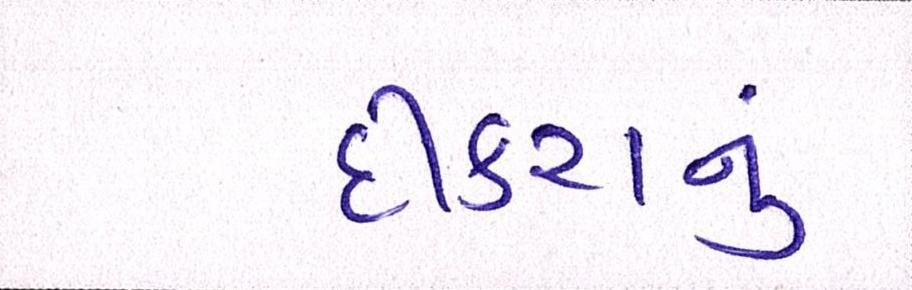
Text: દીકરાનું